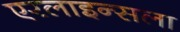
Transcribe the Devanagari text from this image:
एरलाइन्सला